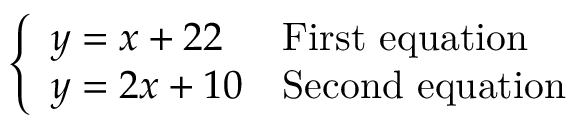
\left\{ \begin{array} { l l } { y = x + 2 2 } & { { \mathrm { F i r s t ~ e q u a t i o n } } } \\ { y = 2 x + 1 0 } & { { \mathrm { S e c o n d ~ e q u a t i o n } } } \end{array} \right.